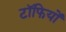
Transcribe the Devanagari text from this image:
टॉफियों